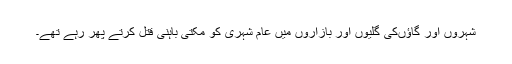
شہروں اور گاؤںکی گلیوں اور بازاروں میں عام شہری کو مکتی باہنی قتل کرتے پھر رہے تھے۔